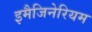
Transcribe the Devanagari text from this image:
इमैजिनेरियम